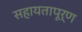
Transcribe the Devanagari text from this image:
सहायतापूर्ण